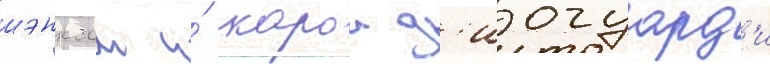
шэнксом и́ карои д'иогуард'и